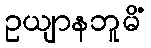
ဥယျာနဘူမိံ